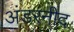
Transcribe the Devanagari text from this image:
अंडरनीद